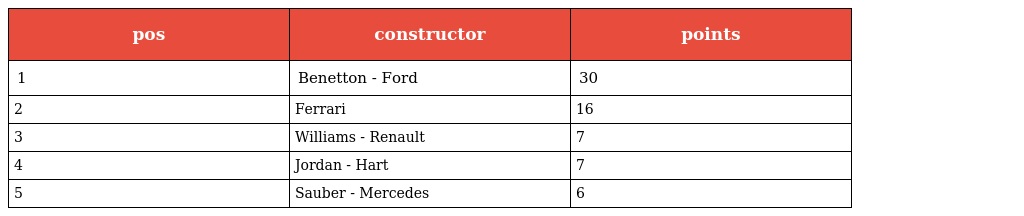
| pos | constructor | points |
 | --- | --- | --- |
 | 1 | Benetton - Ford | 30 |
 | 2 | Ferrari | 16 |
 | 3 | Williams - Renault | 7 |
 | 4 | Jordan - Hart | 7 |
 | 5 | Sauber - Mercedes | 6 |